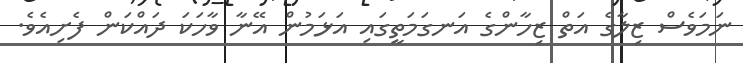
ނަމަވެސް ޒިލާގެ އަތް ޒިހާންގެ އަނގަމަތީގައި އަޅަމުން އޭނާ ވާހަކަ ދައްކަން ފެށިއެވެ.